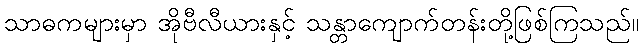
သာဓကများမှာ အိုဗီလီယားနှင့် သန္တာကျောက်တန်းတို့ဖြစ်ကြသည်။